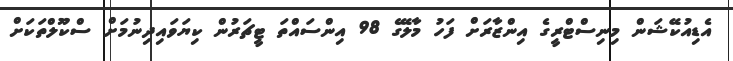
އެޑިއުކޭޝަން މިނިސްޓްރީގެ އިންޒާރަށް ފަހު މާލޭގެ 98 އިންސައްތަ ޓީޗަރުން ކިޔަވައިދިނުމަށް ސްކޫލްތަކަށް